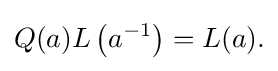
\displaystyle {Q(a)L\left(a^{-1}\right)=L(a).}